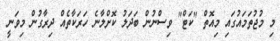
މި މުޖުތަމައުގައި މިއޮތް "ކަޓް" ވިސްނުން ބަދަލު ކޮށްލާނެ ހަރަކާތެއް ދިރާގުން މިވަނީ